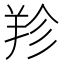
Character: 𦍪